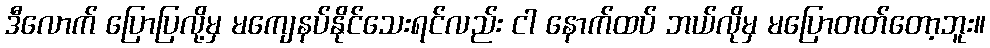
ဒီလောက် ပြောပြလို့မှ မကျေနပ်နိုင်သေးရင်လည်း ငါ နောက်ထပ် ဘယ်လိုမှ မပြောတတ်တော့ဘူး။